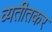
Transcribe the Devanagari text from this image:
व्यतीतकर